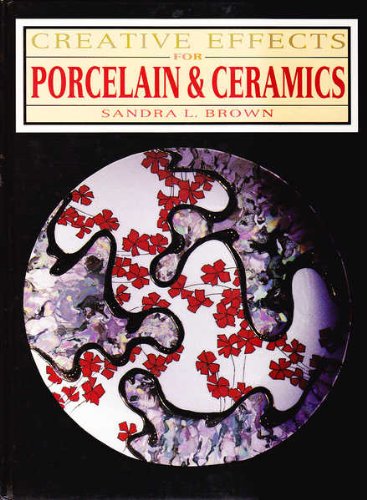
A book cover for Creative Effects in Porcelain and Ceramics; Sandra L. Brown; Arts & Photography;